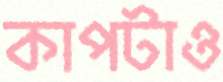
কাপটাও